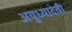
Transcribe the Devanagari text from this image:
अयुध्यादेवी